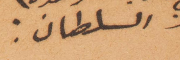
السلطان: